Indian Civil Veterinary Department memoirs
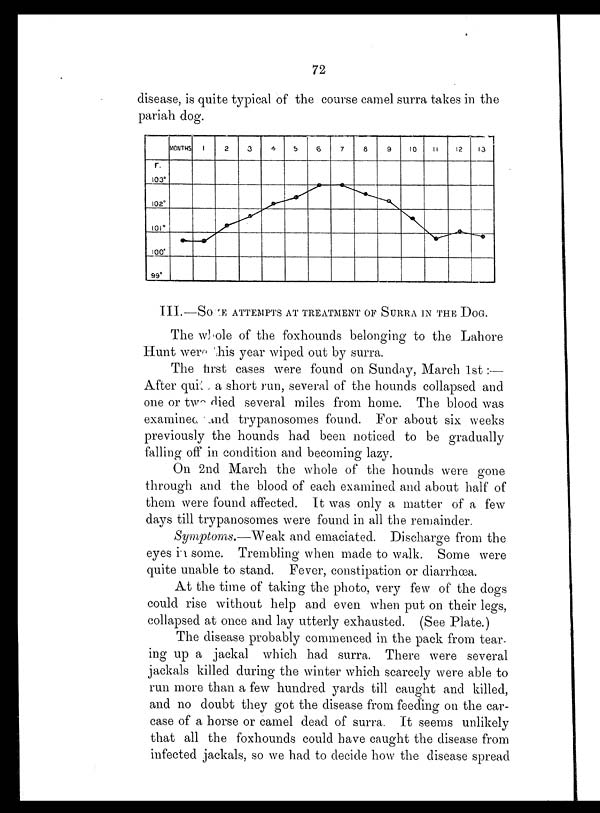
72
disease, is quite typical of the course camel surra takes in the
pariah dog.
III.—SOME ATTEMPTS AT TREATMENT OF SURRA IN THE DOG.
The whole of the foxhounds belonging to the Lahore
Hunt were this year wiped out by surra.
The first cases were found on Sunday, March 1st:—
After qui a short run, several of the hounds collapsed and
one or two died several miles from home. The blood was
examined and trypanosomes found. For about six weeks
previously the hounds had been noticed to be gradually
falling off in condition and becoming lazy.
On 2nd March the whole of the hounds were gone
through and the blood of each examined and about half of
them were found affected. It was only a matter of a few
days till trypanosomes were found in all the remainder.
Symptoms.—Weak and emaciated. Discharge from the
eyes in some. Trembling when made to walk. Some were
quite unable to stand. Fever, constipation or diarrhœa.
At the time of taking the photo, very few of the dogs
could rise without help and even when put on their legs,
collapsed at once and lay utterly exhausted. (See Plate.)
The disease probably commenced in the pack from tear-
ing up a jackal which had surra. There were several
jackals killed during the winter which scarcely were able to
run more than a few hundred yards till caught and killed,
and no doubt they got the disease from feeding on the car-
case of a horse or camel dead of surra. It seems unlikely
that all the foxhounds could have caught the disease from
infected jackals, so we had to decide how the disease spread